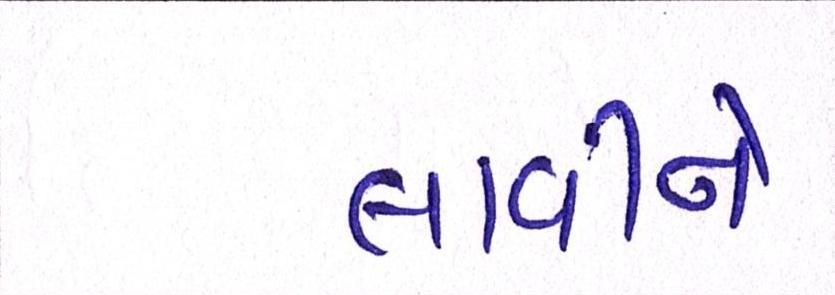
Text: લાવીને